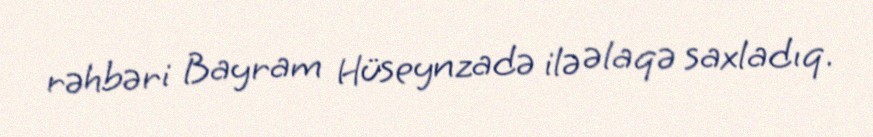
rəhbəri Bayram Hüseynzadə ilə əlaqə saxladıq.